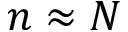
n \approx N